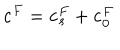
\mathbf { c } ^ { F } = \mathbf { c } _ { s } ^ { F } + \mathbf { c } _ { 0 } ^ { F }